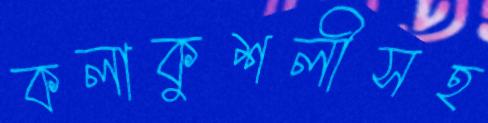
কলাকুশলীসহ